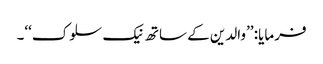
فرمایا: ’’والدین کے ساتھ نیک سلوک‘‘۔